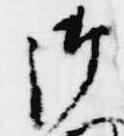
御